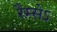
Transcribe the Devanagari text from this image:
रैम्सेऽ